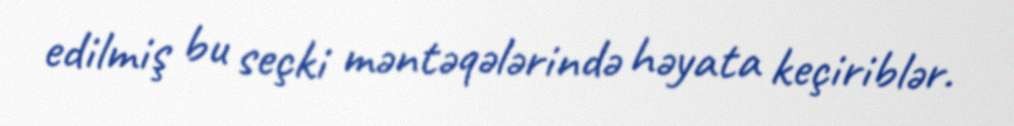
edilmiş bu seçki məntəqələrində həyata keçiriblər.